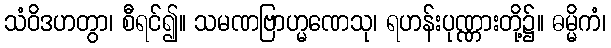
သံဝိဒဟတွာ၊ စီရင်၍။ သမဏဗြာဟ္မဏေသု၊ ရဟန်းပုဏ္ဏားတို့၌။ ဓမ္မိကံ၊